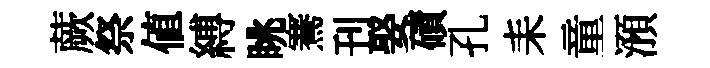
蕨祭值縛眺騫刊娶磧孔耒童澦